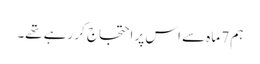
ہم 7 ماہ سے اس پر احتجاج کر رہے تھے۔